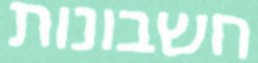
חשבונות